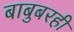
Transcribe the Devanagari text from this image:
बाबुबरही